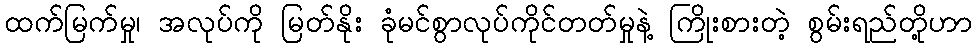
ထက်မြက်မှု၊ အလုပ်ကို မြတ်နိုး ခုံမင်စွာလုပ်ကိုင်တတ်မှုနဲ့ ကြိုးစားတဲ့ စွမ်းရည်တို့ဟာ